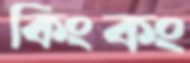
কিংকং